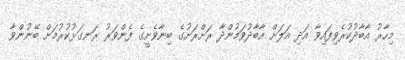
މިހާރު އާބާދުކުރެވިފައިވާ އަދި އަލަށް އާބާދުވަމުންދާ ރަށްރަށުގެ ބިނާވެށީގެ ފެންވަރު ރަނގަޅުކުރުމަށް ބޭނުންވާ